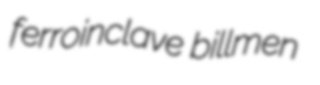
ferroinclave billmen